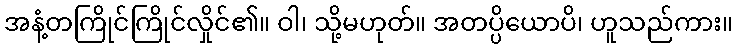
အနံ့တကြိုင်ကြိုင်လှိုင်၏။ ဝါ၊ သို့မဟုတ်။ အတပ္ပိယောပိ၊ ဟူသည်ကား။